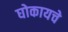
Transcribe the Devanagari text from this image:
घोकायचे